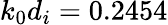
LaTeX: k_{0}d_{i}=0.2454